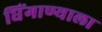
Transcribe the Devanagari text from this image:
धिंगाण्याला